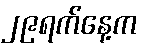
၂၉ရက်နေ့က